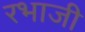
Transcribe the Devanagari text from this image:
रभाजी